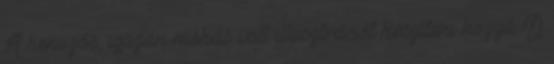
A kenuzós, igazán mókás volt illusztrációt készíteni hozzá :D